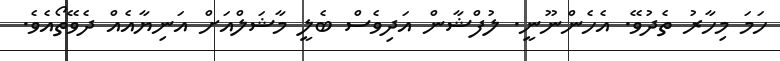
ހަމަ މިހާރު ތެދުވޭ. އެހެންނޫނީ. ލުފްޝާން އަދިވެސް ބެލީ މާޝަލްއަށް އަނިޔާއެއް ދެވޭތޯއެވެ.